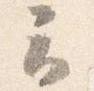
云